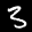
Label: 3